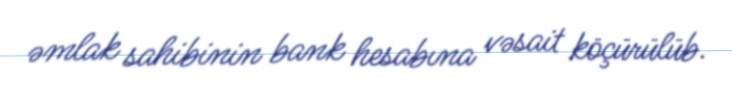
əmlak sahibinin bank hesabına vəsait köçürülüb.